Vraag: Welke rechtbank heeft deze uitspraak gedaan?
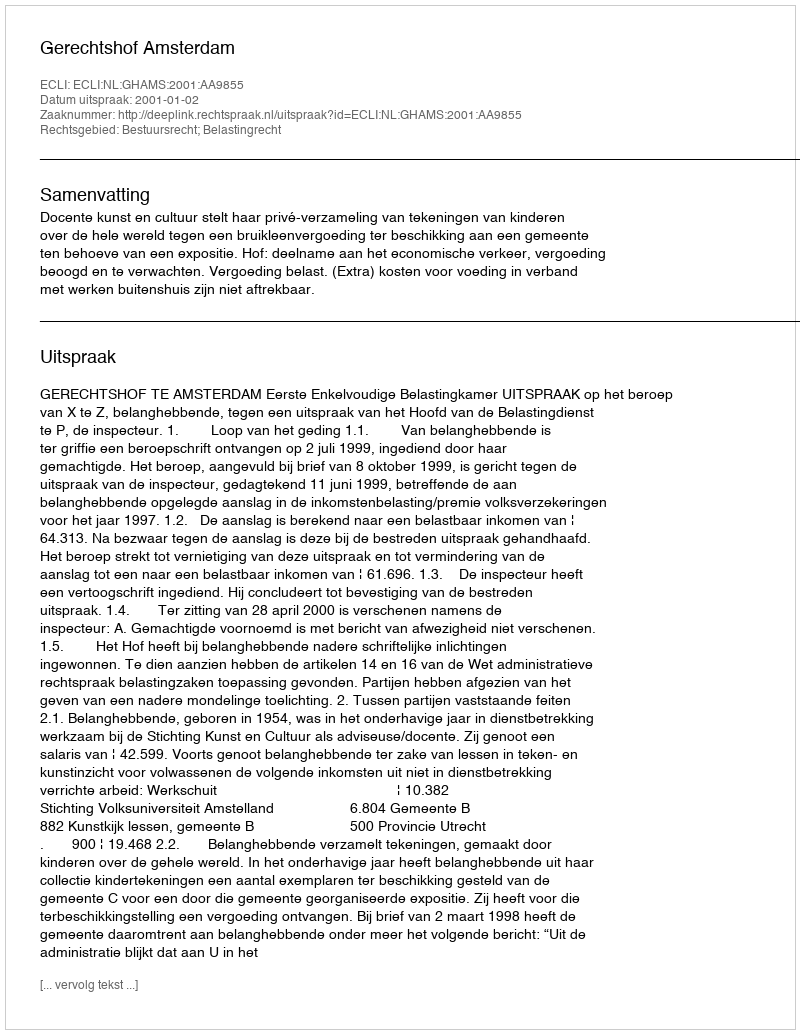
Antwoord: Gerechtshof Amsterdam